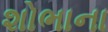
શોભાના